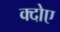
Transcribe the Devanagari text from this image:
क्दोए